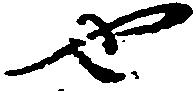
也